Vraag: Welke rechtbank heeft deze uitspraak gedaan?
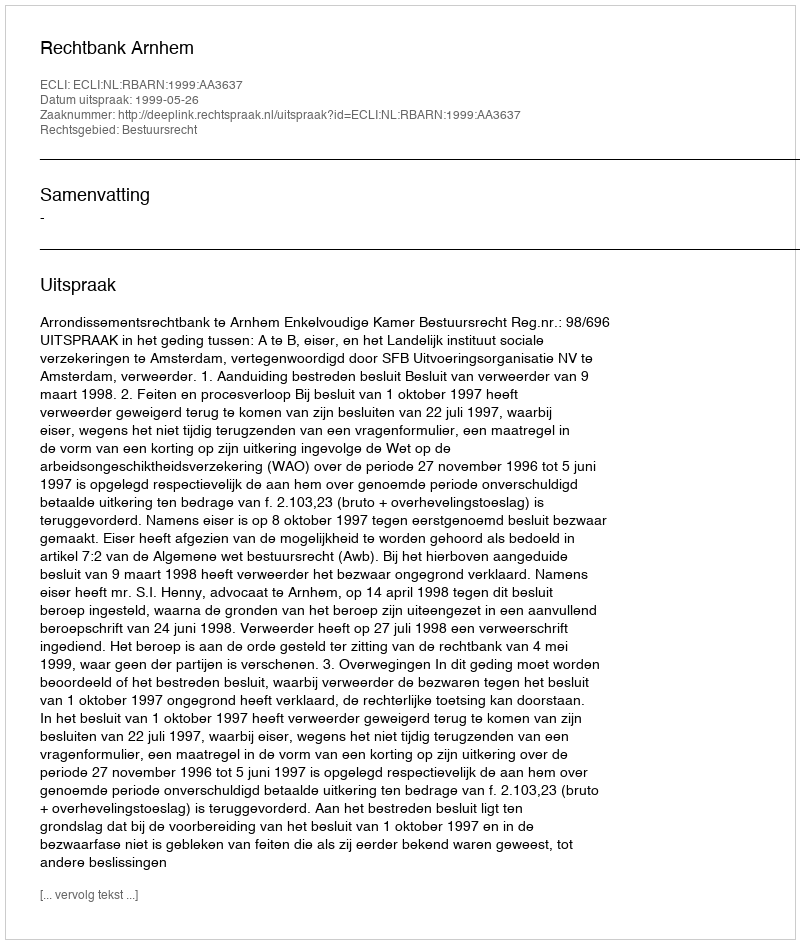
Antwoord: Rechtbank Arnhem